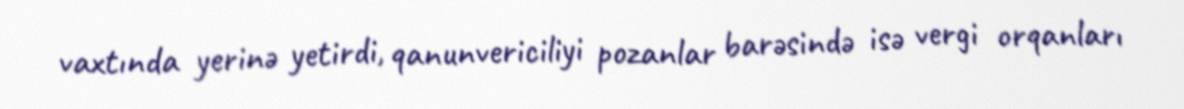
vaxtında yerinə yetirdi, qanunvericiliyi pozanlar barəsində isə vergi orqanları